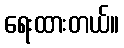
ရေးထားတယ်။